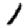
Digit: 1